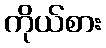
ကိုယ်စား